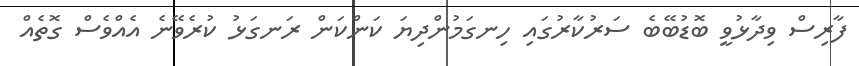
ފާރިސް ވިދާޅުވީ ބޮޑުބޭބެ ސަރުކާރުގައި ހިނގަމުންދިޔަ ކަންކަން ރަނގަޅު ކުރެވޭނެ އެއްވެސް ގޮތެއް